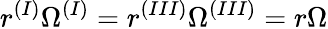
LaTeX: r^{(I)}\Omega^{(I)}=r^{(III)}\Omega^{(III)}=r\Omega